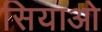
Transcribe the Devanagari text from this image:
सियाओ